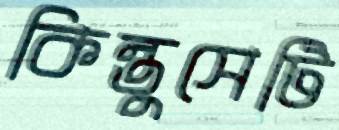
কিন্তুসেটি